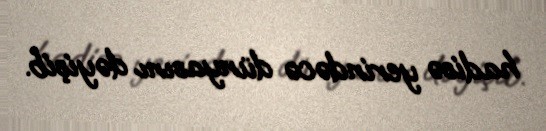
hadisə yerindəcə dünyasını dəyişib.